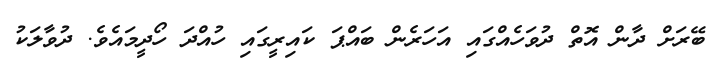
ބޭރަށް ދާން އޮތް ދުވަހެއްގައި އަހަރެން ބައްޕަ ކައިރީގައި ހުއްދަ ހޯދީމައެވެ. ދުވާލަކު